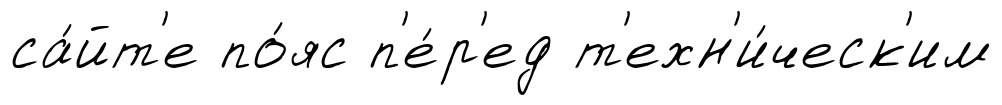
са́йт'е по́яс п'е́р'ед т'ехн'и́ческ'им